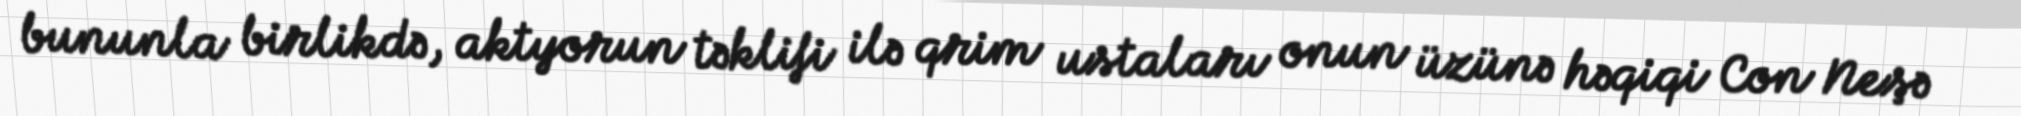
bununla birlikdə, aktyorun təklifi ilə qrim ustaları onun üzünə həqiqi Con Neşə